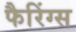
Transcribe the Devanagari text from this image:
फैरिंग्स